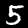
Label: 5